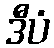
ဒီပံ